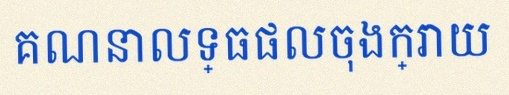
គណនាលទ្ធផលចុងក្រោយ